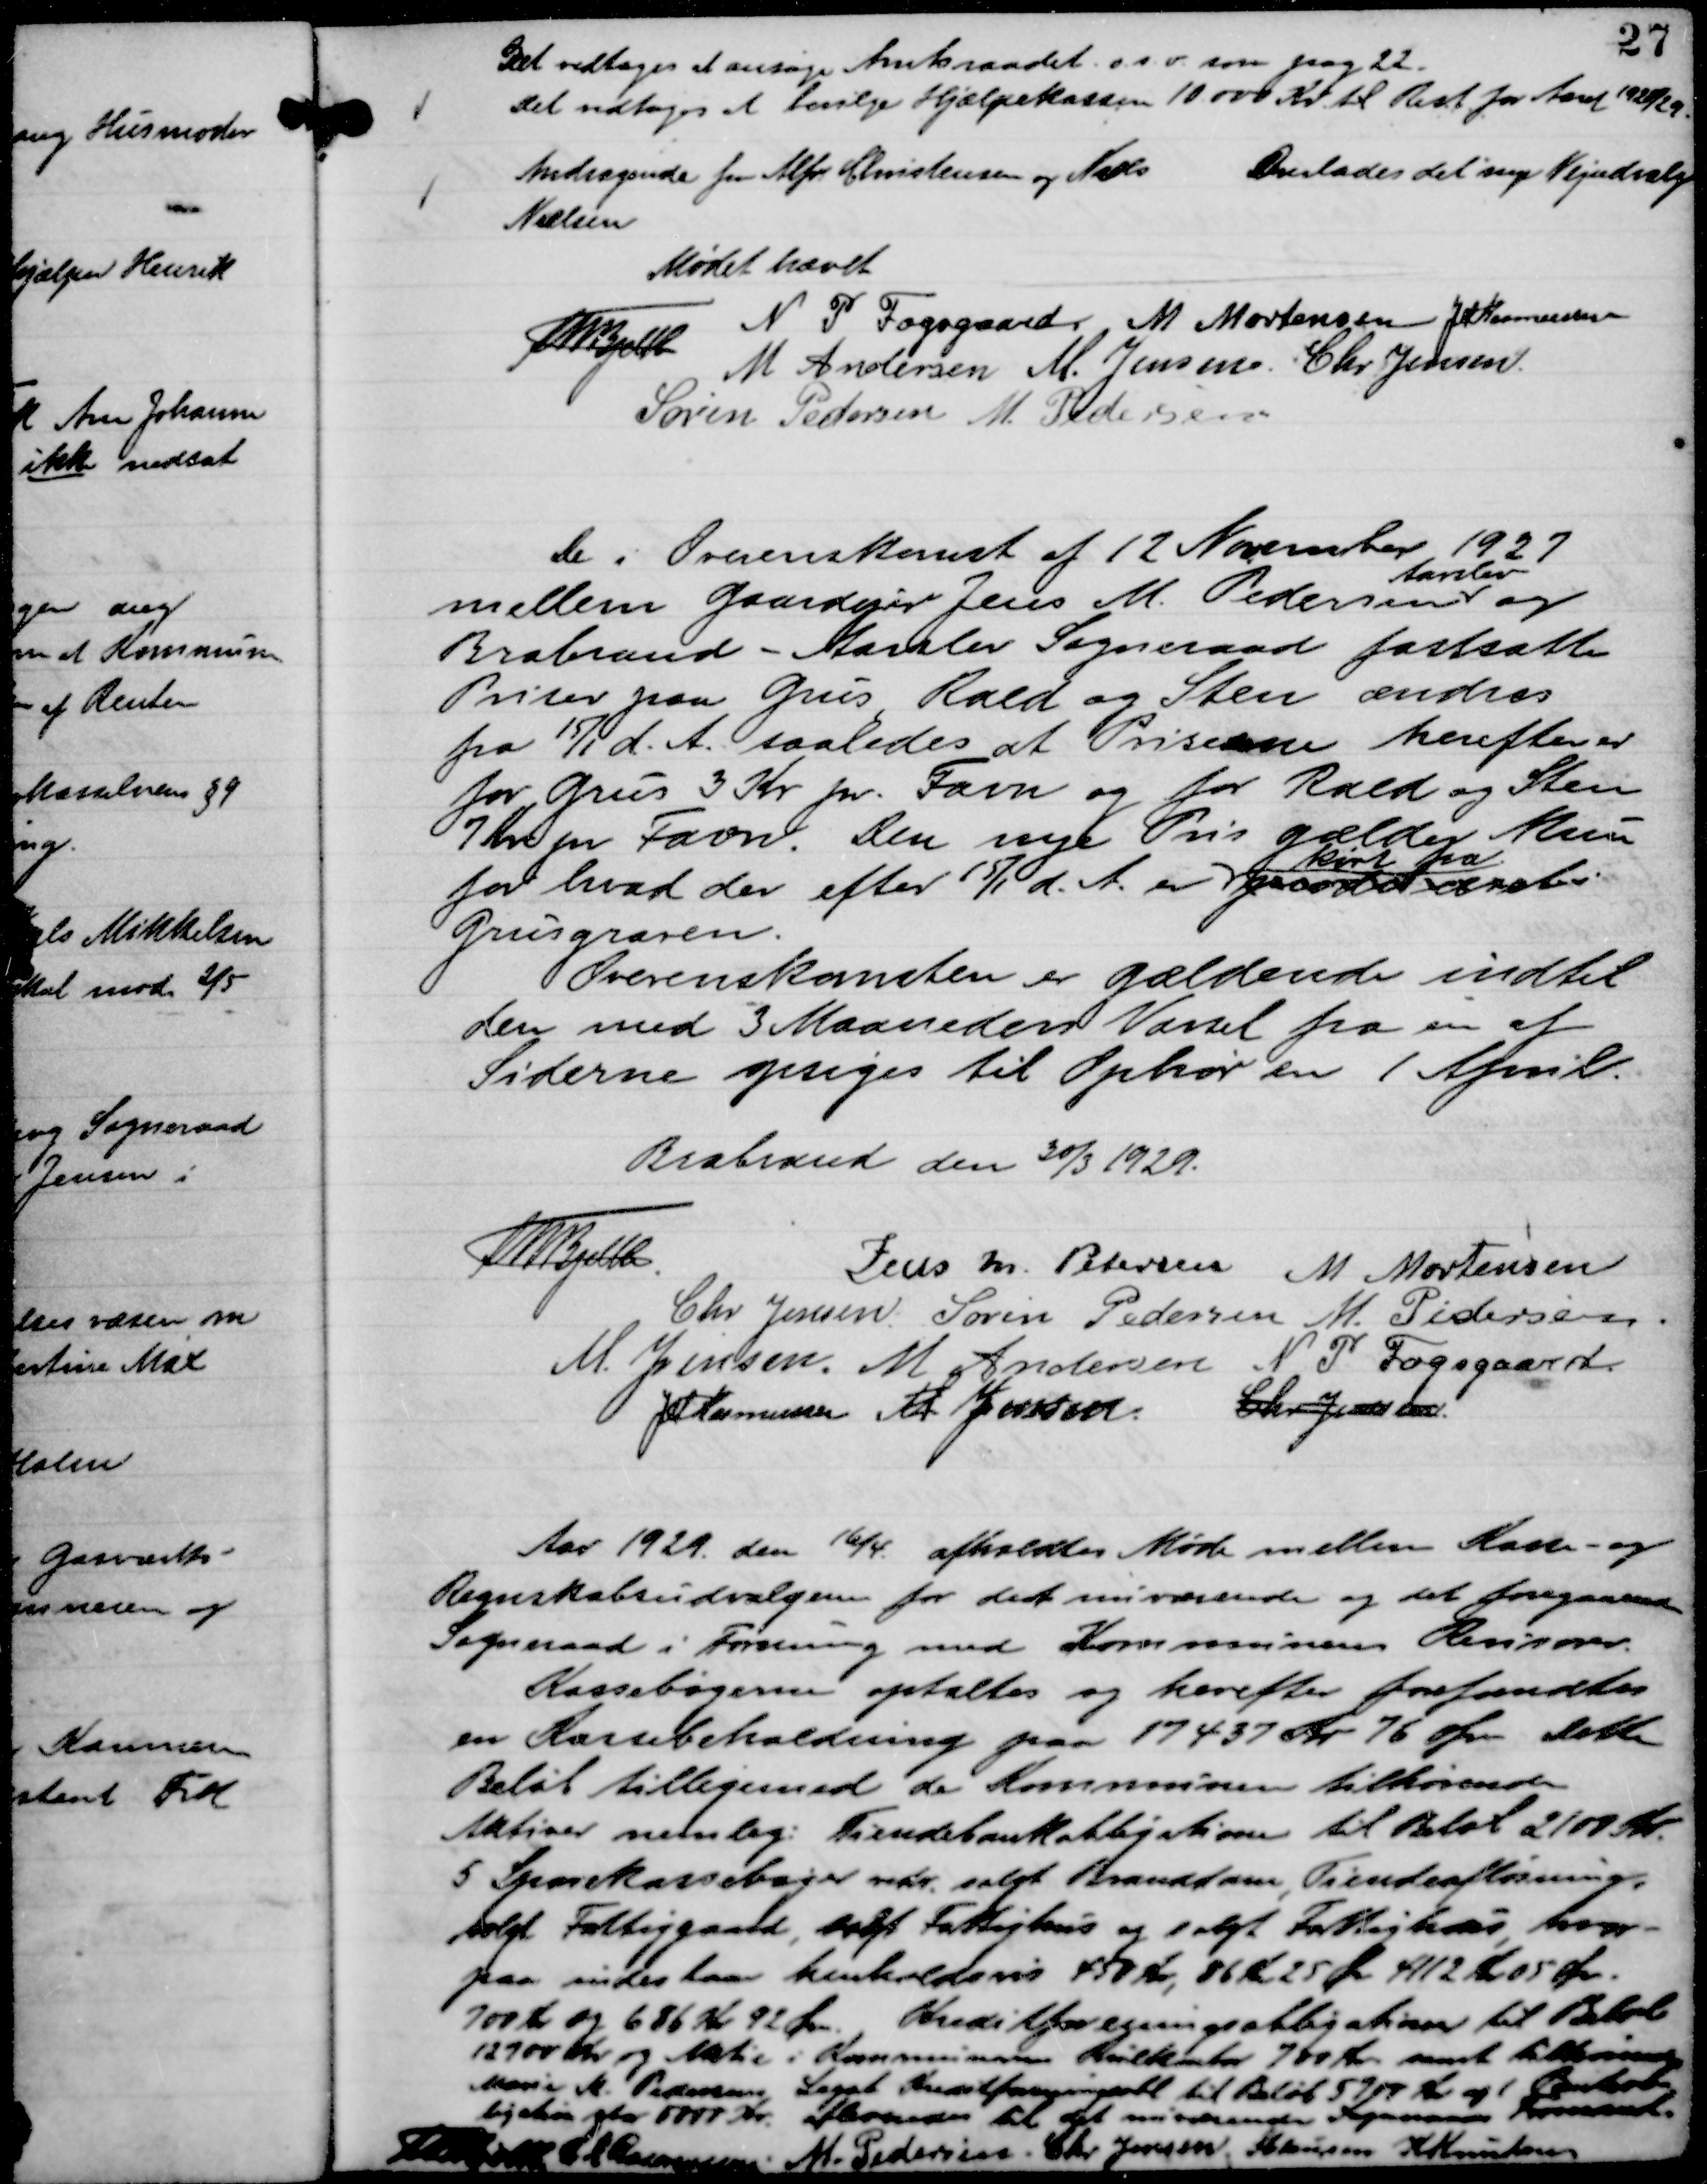
Transskription:
Det vedtages at ansøge Amtsraadet o. s. v. som pag 22.
Det vedtages et bevilge Hjælpekassen 10.000 Kr. til Rest for Aaret 1928/29.

Andragende fra Alfr. Christensen og Niels
Nielsen

Overlades det nye Vejudvalg

Mødet hævet
Th Bjelke
N P Fogsgaard
M Mortensen
JM Rasmussen
M Andersen
M. Jensen
Chr Jensen
Søren Pedersen
M. Pedersen

De i Overenskomst af 12 November 1927
mellem Gaardejer Jens M. Pedersen
Aarslev
og
Brabrand - Aarslev Sogneraad fastsatte
Priser paa Grus, Rald og Sten ændres
fra 15/1 d. A. saaledes at Priserne herefter er
for Grus 3 Kr pr. Favn og for Rald og Sten 
7 Kr pr Favn. Den nye Pris gælder kun
for hvad der efter 15/1 d. A. er produceret
kørt fra
Grusgraven
Overenskomsten er gældende indtil
den med 3 Maaneders Varsel fra en af
Siderne opsiges til Ophør en 1 April.

Brabrand den 30/3 1929.
Th Bjelke
Jens M. Petersen
M Mortensen
Chr Jensen
Søren Pedersen
M. Pedersen
M. Jensen.
M Andersen
N P Fogsgaard
JM Rasmussen
M Jensen
Chr Jensen

Aar 1929. den 16/4. afholdtes Møde mellem Kasse- og
Regnskabsudvalgene for det nuværende og det foregaaende
Sogneraad i Forening med Kommunens Revisorer.
Kassebøgerne optaltes og herefter forefandtes
en Kassebeholdning paa 17437 Kr 76 Øre. Dette
Beløb tilligemed de Kommunen tilhørende
Aktiver nemlig: Tiendebankobligation til Beløb 2100 Kr.
5 Sparekassebøger vedr. solgt Branddam, Tiendeafløsning,
solgt Fattiggaard, solgt Fattighus og solgt Fattighus, hvor-
paa indestaar henholdsvis 450 Kr, 86 Kr 25 Øre 4112 kr 05 Øre.
700 Kr og 686 Kr. 92 Øre. Kreditforeningsobligationer til Beløb
12900 Kr og Aktie i Kommunens Kulkontor 700 Kr. samt tilhørende
Marie M. Pedersens Legat Kreditforeningsobl til Beløb 5717 Kr og 1 Bankob-
ligation stor 5000 Kr. Afleveres til det nuværende Sogneraads Formand.
Th Bjelke
JM Rasmussen
M. Pedersen
Chr Jensen.
Maansson
H Knudsen